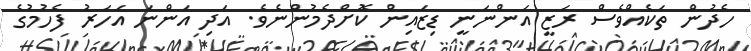
ހެދުން ތަކެއްވެސް ރަޒީ އަންނަނީ ޑިޒަައިން ކޮށްދެމުންނެވެ. އަދި އަންނަ އަހަރު ފެހުމުގެ